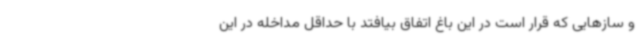
و سازهایی که قرار است در این باغ اتفاق بیافتد با حداقل مداخله در این